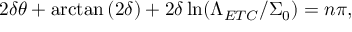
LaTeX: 2 \delta \theta + \arctan { ( 2 \delta ) } + 2 \delta \ln ( \Lambda _ { E T C } / \Sigma _ { 0 } ) = n \pi ,